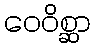
ဝေဝိစ္ဆာ